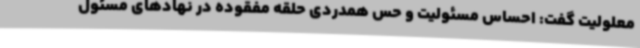
معلولیت گفت: احساس مسئولیت و حس همدردی حلقه مفقوده در نهادهای مسئول